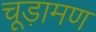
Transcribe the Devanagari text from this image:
चूड़ामण